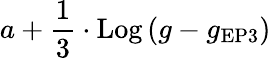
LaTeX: a+\frac{1}{3}\cdot\textrm{Log}\left(g-g_{\mathrm{{EP3}}}\right)